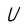
Character: U